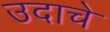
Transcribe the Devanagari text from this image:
उदाचे